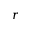
r